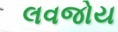
લવજોય